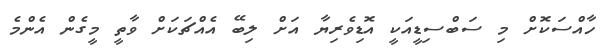
ހާއްސަކޮށް މި ސަބްސިޑީއަކީ އޮޑިވެރިޔާ އަށް ލިބޭ އެއްޗަކަށް ވާތީ މީގެން އެންމެ